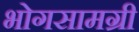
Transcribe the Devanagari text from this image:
भोगसामग्री